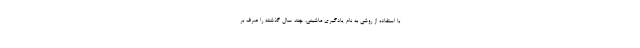
با استفاده از روشی به نام یادگیری ماشینی، چند سال گذشته را صرف بر